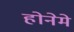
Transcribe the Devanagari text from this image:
होनेमे